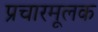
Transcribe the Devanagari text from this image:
प्रचारमूलक